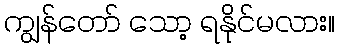
ကျွန်တော် သော့ ရနိုင်မလား။